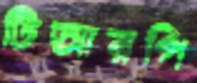
টিআরপি